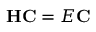
\mathbf { H } \mathbf { C } = E \mathbf { C }